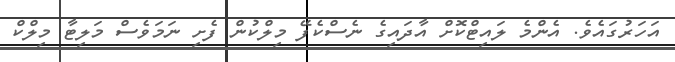
އަހަރުގައެވެ. އެންމެ ލައިޓްކޮށް އާދައިގެ ނެސްކެފޭ މިލްކުން ފެށި ނަމަވެސް މަލިޓާ މިލްކް